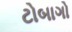
ટોબાગો